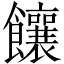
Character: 饟